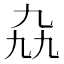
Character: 𫡤